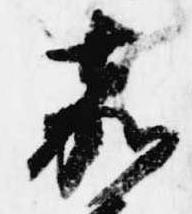
嘉